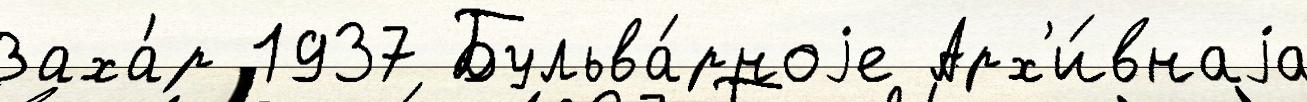
Заха́р 1937 Бульва́рноjе Арх'и́внаjа